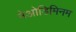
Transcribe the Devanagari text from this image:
नेओडिमिनम